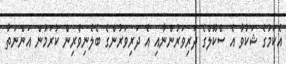
އެކަމުގެ ޝަކުވާ އެ ސްކޫލްގެ ދަރިވަރުންނާއި އެ ދަރިވަރުންގެ ބެލެނިވެރިން ކުރަމުން އަންނަތާ